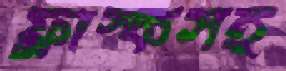
ফ্লাস্কসহ